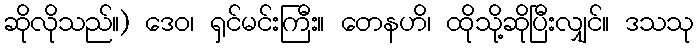
ဆိုလိုသည်။) ဒေဝ၊ ရှင်မင်းကြီး။ တေနဟိ၊ ထိုသို့ဆိုပြီးလျှင်။ ဒသသု